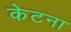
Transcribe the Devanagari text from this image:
केटना